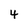
Character: 4